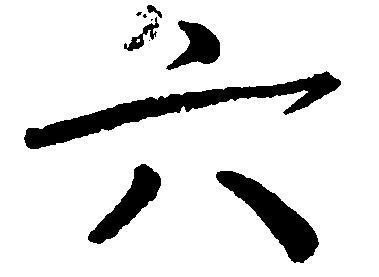
六